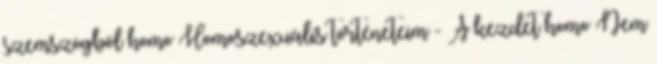
szemszögből homo Homoszexuális történeteim - A kezdet homo Nem